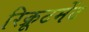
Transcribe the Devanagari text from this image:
रिक्रूटमेंट